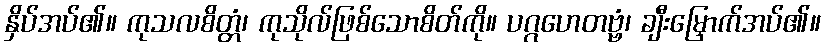
နှိပ်အပ်၏။ ကုသလစိတ္တံ၊ ကုသိုလ်ဖြစ်သောစိတ်ကို။ ပဂ္ဂဟေတဗ္ဗံ၊ ချီးမြှောက်အပ်၏။